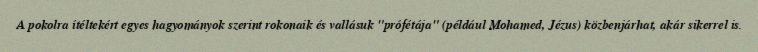
A pokolra ítéltekért egyes hagyományok szerint rokonaik és vallásuk "prófétája" (például Mohamed, Jézus) közbenjárhat, akár sikerrel is.